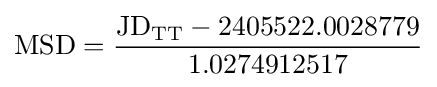
\mathrm {MSD} ={\frac {\mathrm {JD} _{\mathrm {TT} }-2405522.0028779}{1.0274912517}}